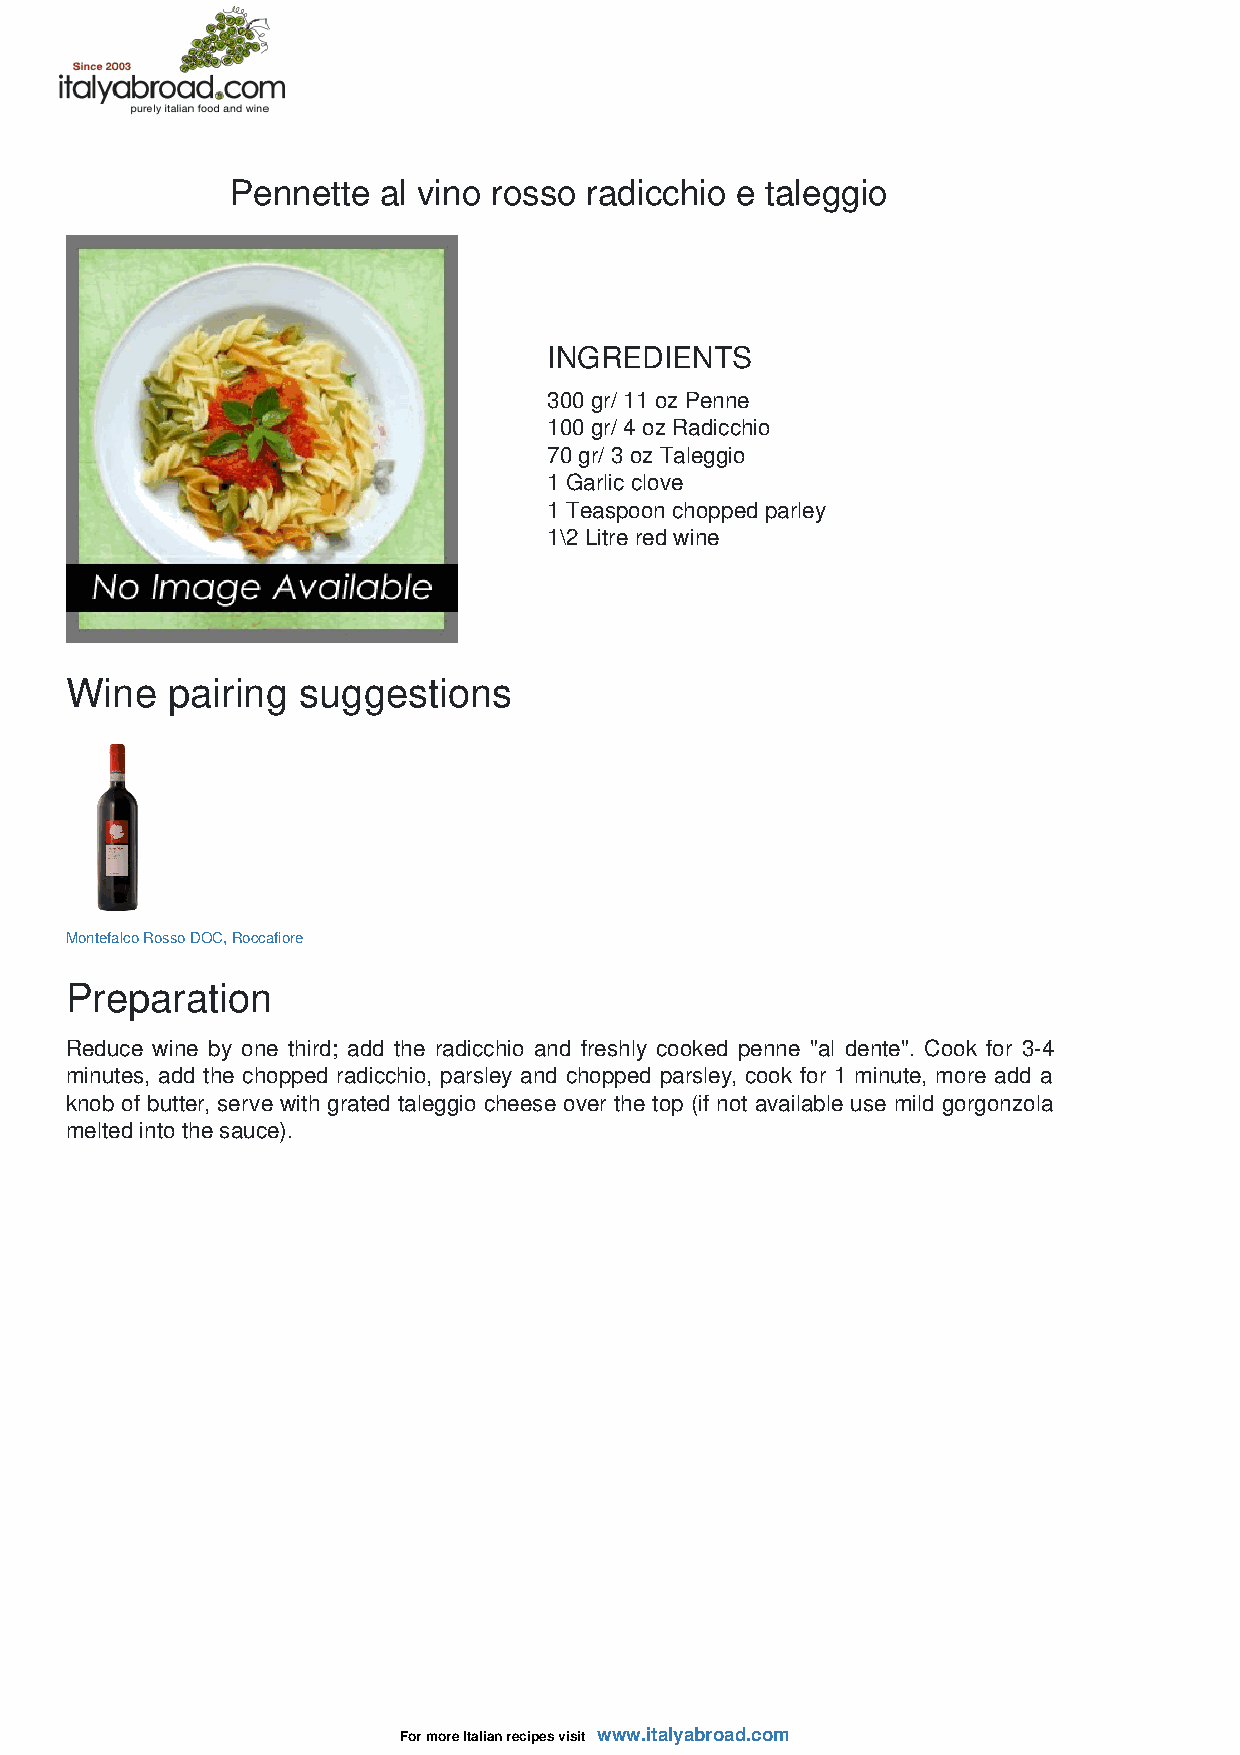
Pennette  al vino rosso radicchio e taleggio
 INGREDIENTS
 300 gr/ 11 oz Penne
 100 gr/ 4 oz Radicchio
 70 gr/ 3 oz Taleggio
 1 Garlic clove
 1 Teaspoon chopped parley
 1\2 Litre red wine
 Wine   pairing  suggestions
 Montefalco Rosso DOC, Roccafiore
 Preparation
 Reduce wine by one third; add the radicchio and freshly cooked penne "al dente". Cook for 3-4
 minutes, add the chopped radicchio, parsley and chopped parsley, cook for 1 minute, more add a
 knob of butter, serve with grated taleggio cheese over the top (if not available use mild gorgonzola
 melted into the sauce).
 For more Italian recipes visit www.italyabroad.com